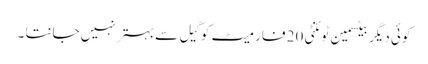
کوئی دیگر بیٹسمین ٹوئنٹی 20 فارمیٹ کو گیل سے بہتر نہیں جانتا ۔